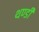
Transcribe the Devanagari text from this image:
थण्डी